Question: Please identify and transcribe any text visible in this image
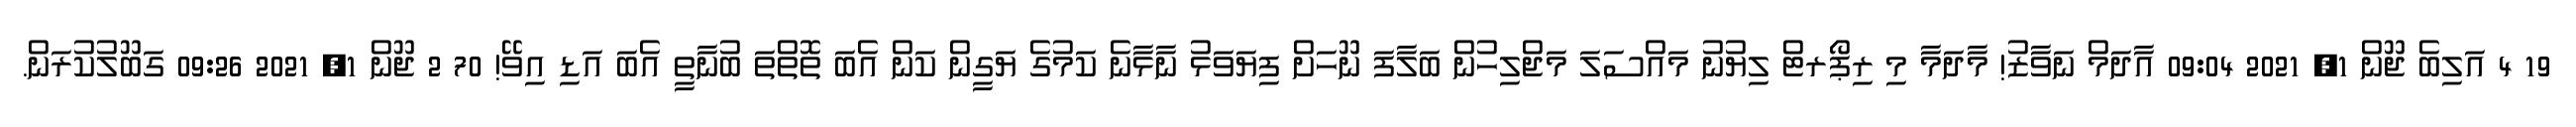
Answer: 19 4 އަލިބެ ޖޫން 1, 2021 09:04 އާދަމް ނަވާޒު! މާދަމާ މި ރިޕޯރޓް ލިޔުނު މައްސަލަ މަޖްލިހުން ބަލާފަ ނޫހަށް ފިޔަވަޅު ނާޅާނެ ކަމުގެ ޔަގީން ކަން އެބަ ތޮތްތަ ބުނާތީ އެބަ އަޑި އިވޭ! 70 2 ޖޫން 1, 2021 09:26 ގަބޫލުކުރަން.